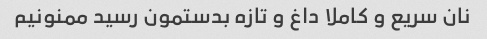
نان سریع و کاملا داغ و تازه بدستمون رسید ممنونیم